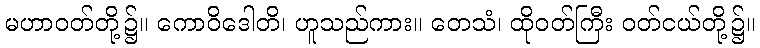
မဟာဝတ်တို့၌။ ကောဝိဒေါတိ၊ ဟူသည်ကား။ တေသံ၊ ထိုဝတ်ကြီး ဝတ်ငယ်တို့၌။